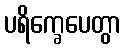
ပရိက္ခေပေတွာ